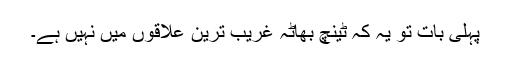
پہلی بات تو یہ کہ ٹینچ بھاٹہ غریب ترین علاقوں میں نہیں ہے۔